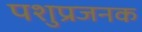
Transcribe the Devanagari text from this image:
पशुप्रजनक